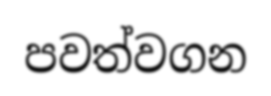
පවත්වගන